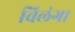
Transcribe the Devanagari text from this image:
विलंगा